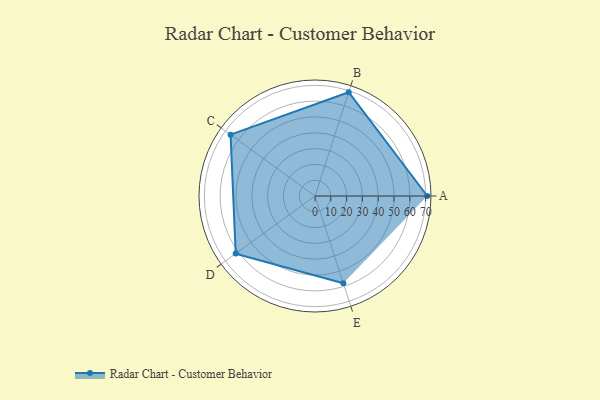
{"axis": {"x": "Skill", "y": "Score"}, "legend": ["Profile"], "data": [{"x": "A", "y": 71.0, "type": "Profile"}, {"x": "B", "y": 69.0, "type": "Profile"}, {"x": "C", "y": 66.0, "type": "Profile"}, {"x": "D", "y": 62.0, "type": "Profile"}, {"x": "E", "y": 58.0, "type": "Profile"}]}